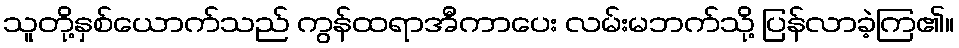
သူတို့နှစ်ယောက်သည် ကွန်ထရာအီကာပေး လမ်းမဘက်သို့ ပြန်လာခဲ့ကြ၏။